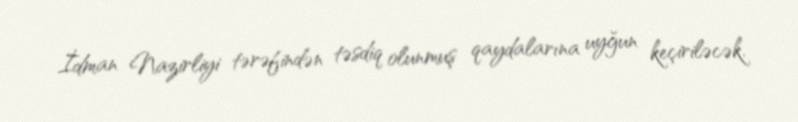
İdman Nazirliyi tərəfindən təsdiq olunmuş qaydalarına uyğun keçiriləcək.